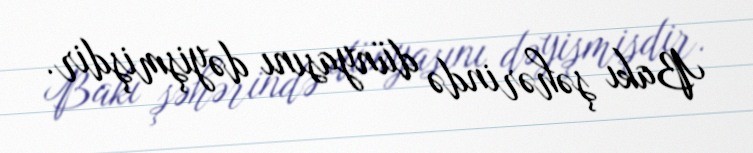
Bakı şəhərində dünyasını dəyişmişdir.